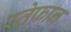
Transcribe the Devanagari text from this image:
स्तेफ़ान